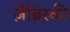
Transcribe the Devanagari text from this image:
ज़ैब्रिस्की